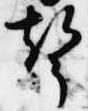
声